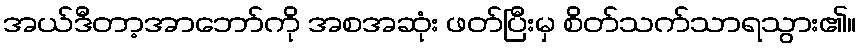
အယ်ဒီတာ့အာဘော်ကို အစအဆုံး ဖတ်ပြီးမှ စိတ်သက်သာရသွား၏။